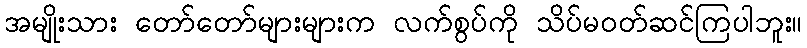
အမျိုးသား တော်တော်များများက လက်စွပ်ကို သိပ်မဝတ်ဆင်ကြပါဘူး။